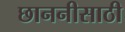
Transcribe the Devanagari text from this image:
छाननीसाठी